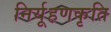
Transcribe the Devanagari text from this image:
निर्यूहणकृति